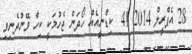
28 އެޕްރީލް 2014 41  ކިޑްނީއެއް ހޯދަން ޖެހުމަކީ ކިހާ ވޭންދެނިވި